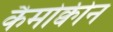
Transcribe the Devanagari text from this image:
कैमोक्वीन